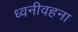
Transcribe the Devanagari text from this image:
ध्वनीवहना